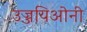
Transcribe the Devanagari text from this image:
उज्जयिओनी